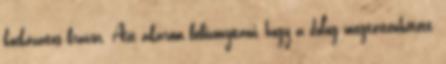
kockázatos bravúr. Azt akarom bebizonyítani, hogy a dolog megtörténhetett,